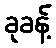
ခုခန့်